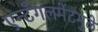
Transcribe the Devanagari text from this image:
एन्टँगलमेंटमुळे